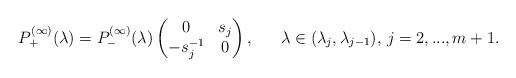
LaTeX: \begin{align*}& P^{(\infty)}_{+}(\lambda) = P^{(\infty)}_{-}(\lambda)\begin{pmatrix}0 & s_{j} \\ -s_{j}^{-1} & 0\end{pmatrix}, & & \lambda \in (\lambda_{j},\lambda_{j-1}), \, j = 2,...,m+1.\end{align*}